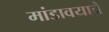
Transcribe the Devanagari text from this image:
मांडावयाचे